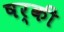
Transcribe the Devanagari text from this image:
षर्की